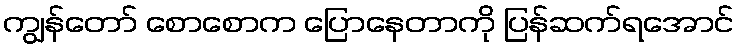
ကျွန်တော် စောစောက ပြောနေတာကို ပြန်ဆက်ရအောင်